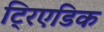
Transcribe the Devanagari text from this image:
ट्रिएडिक